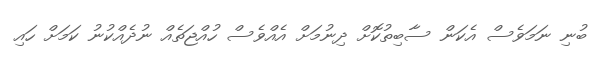
ބުނި ނަމަވެސް އެކަން ސާބިތުކޮށް ދިނުމަށް އެއްވެސް ހުއްޖަތެއް ނުދެއްކުނު ކަމަށް ހައި